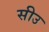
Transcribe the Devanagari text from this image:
सीउ